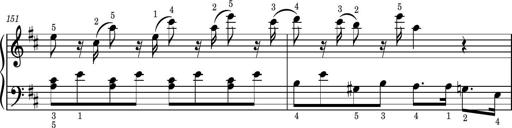
Title: Easy Progressive Lessons and 4 Sonatinas
Composer: Thomas Attwood